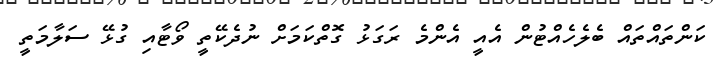
ކަންތައްތައް ބެލެހެއްޓުން އެއީ އެންމެ ރަގަޅު ގޮތްކަމަށް ނުދެކޭތީ ވޯޓާއި ގުޅޭ ސަލާމަތީ